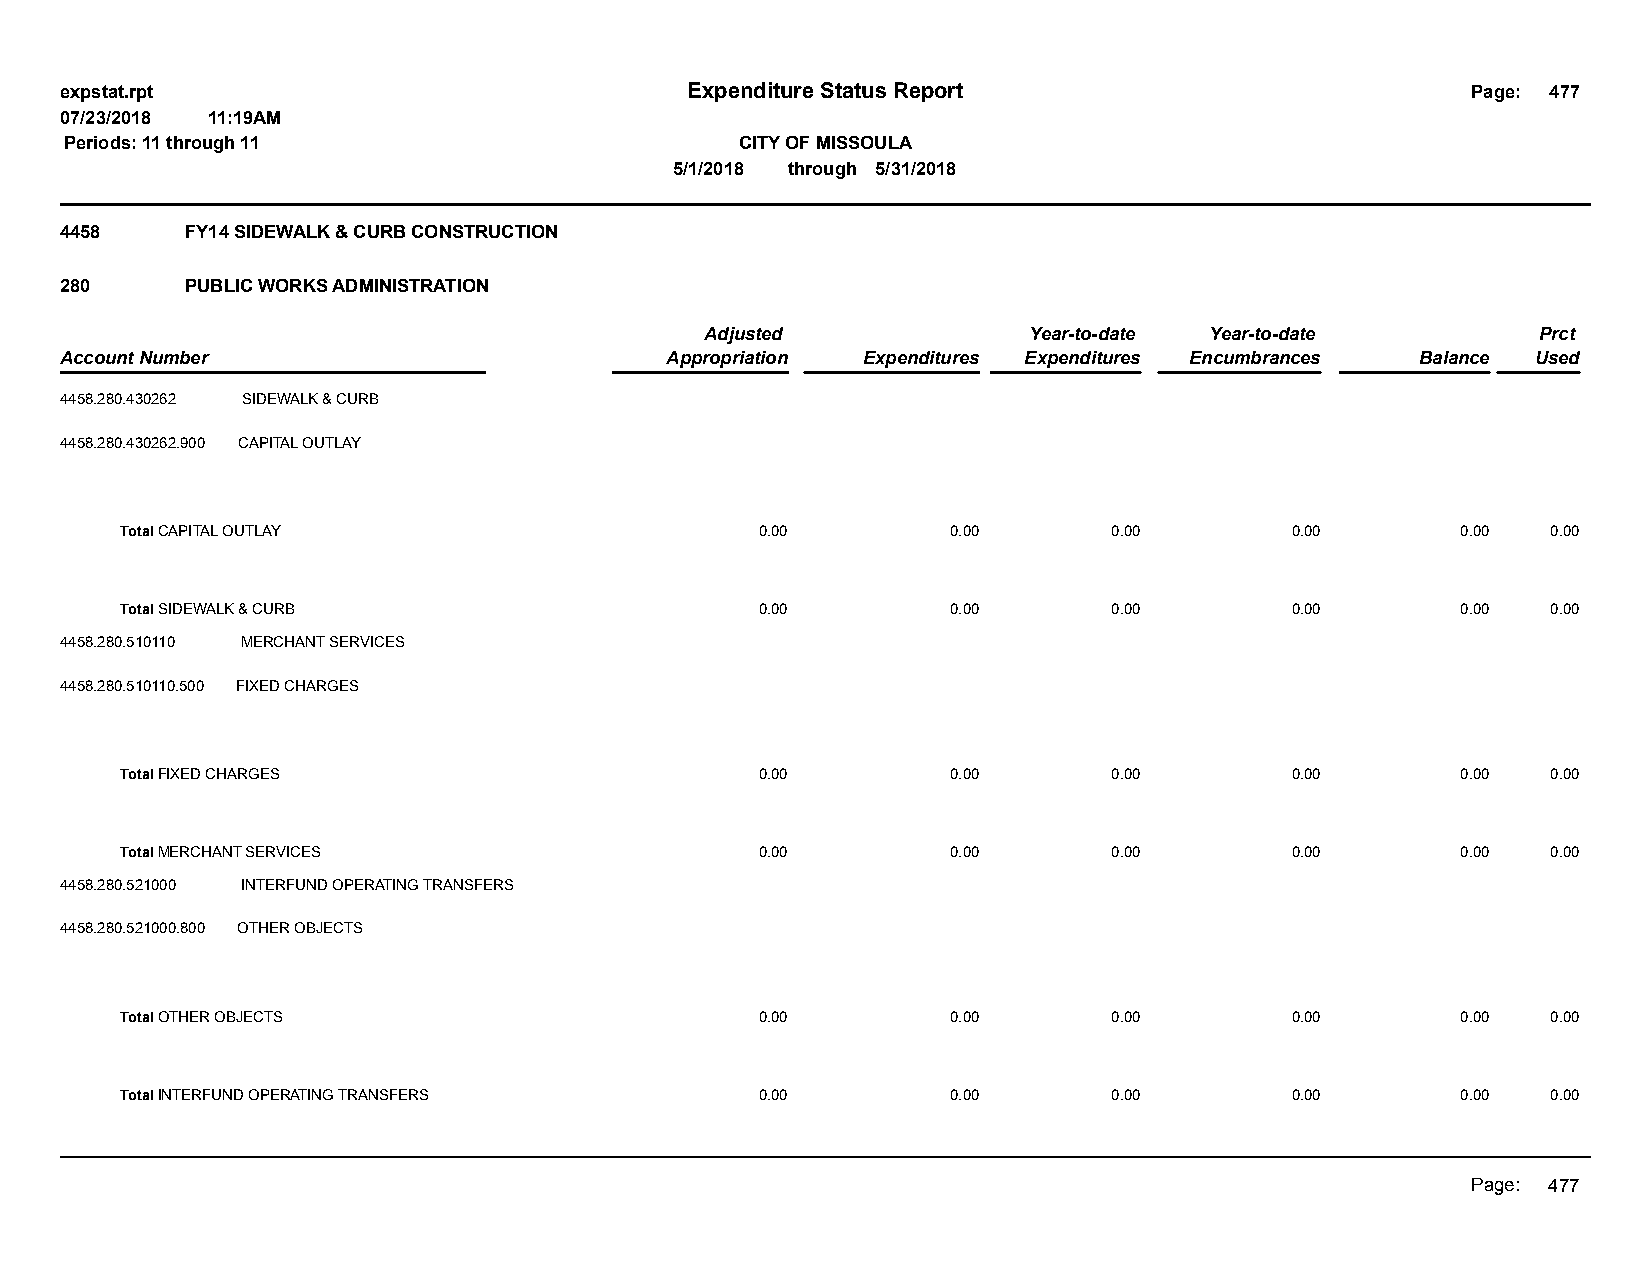
expstat.rpt                              Expenditure Status Report                           Page: 477
 07/23/2018 11:19AM
 Periods: 11 through 11                       CITY OF MISSOULA
 5/1/2018 through 5/31/2018
 4458    FY14 SIDEWALK & CURB CONSTRUCTION
 280     PUBLIC WORKS ADMINISTRATION
 Adjusted             Year-to-date Year-to-date         Prct
 Account Number                          Appropriation Expenditures Expenditures Encumbrances Balance Used
 4458.280.430262 SIDEWALK & CURB
 4458.280.430262.900 CAPITAL OUTLAY
 Total CAPITAL OUTLAY                      0.00         0.00       0.00       0.00        0.00  0.00
 Total SIDEWALK & CURB                     0.00         0.00       0.00       0.00        0.00  0.00
 4458.280.510110 MERCHANT SERVICES
 4458.280.510110.500 FIXED CHARGES
 Total FIXED CHARGES                       0.00         0.00       0.00       0.00        0.00  0.00
 Total MERCHANT SERVICES                   0.00         0.00       0.00       0.00        0.00  0.00
 4458.280.521000 INTERFUND OPERATING TRANSFERS
 4458.280.521000.800 OTHER OBJECTS
 Total OTHER OBJECTS                       0.00         0.00       0.00       0.00        0.00  0.00
 Total INTERFUND OPERATING TRANSFERS       0.00         0.00       0.00       0.00        0.00  0.00
 Page: 477